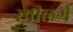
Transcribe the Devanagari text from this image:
स्पीलर्ग